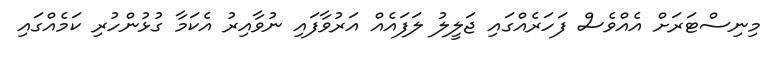
މިނިސްޓަރަށް އެއްވެސް ފަހަރެއްގައި ޖަލީލު ލަފައެއް އަރުވާފައި ނުވާއިރު އެކަމާ ގުޅުންހުރި ކަމެއްގައި